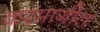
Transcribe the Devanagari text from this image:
करमागीत